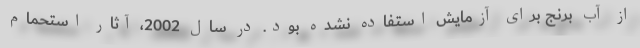
از آب برنج برای آزمایش استفاده نشده بود. در سال 2002، آثار استحمام